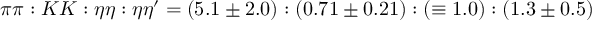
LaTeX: \pi \pi : K K : \eta \eta : \eta \eta ^ { \prime } = ( 5 . 1 \pm 2 . 0 ) : ( 0 . 7 1 \pm 0 . 2 1 ) : ( \equiv 1 . 0 ) : ( 1 . 3 \pm 0 . 5 )